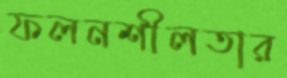
ফলনশীলতার